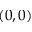
( 0 , 0 )